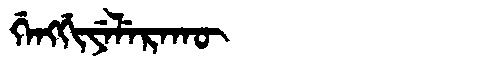
Manchu: ᡤᡝᠩᡤᡳᠶᡝᠯᡝᡵᠠᡴᡡ
Romanization: GENGGIYELERAKŪ